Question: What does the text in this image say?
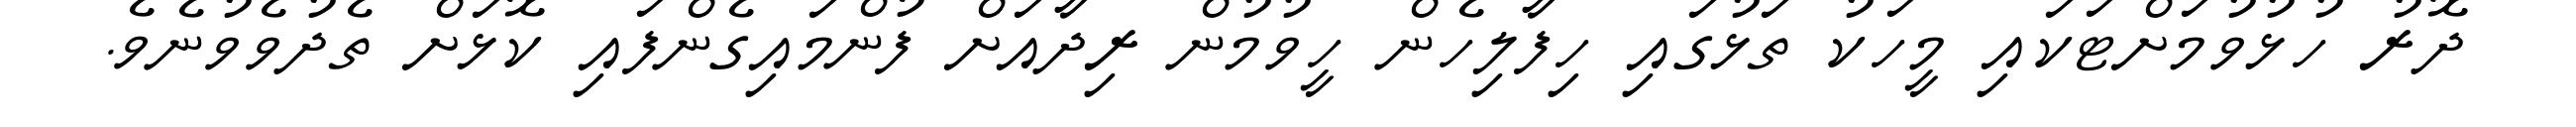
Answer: ދޮރު ހުޅުވުމަށްޓަކައި މީހަކު ތަޅުގައި ހިފާލިހެން ހީވުމުން ރިދާއަށް ފުންމައިގެންފައި ކޮޅަށް ތެދުވެވުނެވެ.